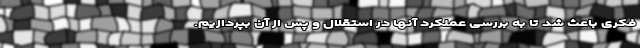
فکری باعث شد تا به بررسی عملکرد آنها در استقلال و پس از آن بپردازیم.